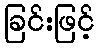
ခြင်းဖြင့်